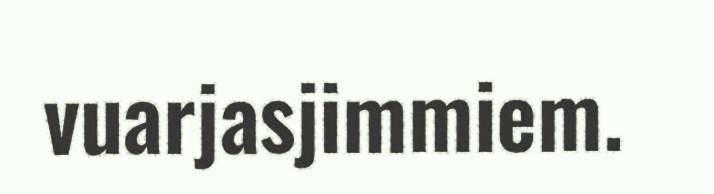
vuarjasjimmiem.